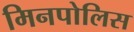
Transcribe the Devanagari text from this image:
मिनपोलिस